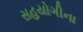
સહયોગીના